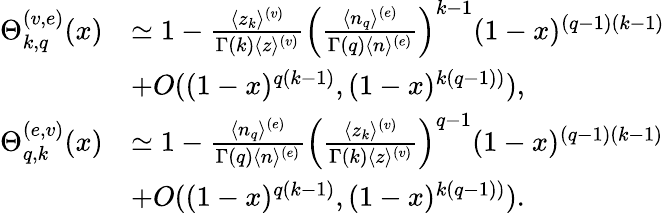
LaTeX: \begin{array}{rl}{\Theta_{k,q}^{(v,e)}(x)}&{\simeq 1-{\frac{\langle z_{k}\rangle^{(v)}}{\Gamma(k)\langle z\rangle^{(v)}}}\left({\frac{\langle n_{q}\rangle^{(e)}}{\Gamma(q)\langle n\rangle^{(e)}}}\right)^{k-1}(1-x)^{(q-1)(k-1)}}\\ &{+O((1-x)^{q(k-1)},(1-x)^{k(q-1))}),}\\ {\Theta_{q,k}^{(e,v)}(x)}&{\simeq 1-{\frac{\langle n_{q}\rangle^{(e)}}{\Gamma(q)\langle n\rangle^{(e)}}}\left({\frac{\langle z_{k}\rangle^{(v)}}{\Gamma(k)\langle z\rangle^{(v)}}}\right)^{q-1}(1-x)^{(q-1)(k-1)}}\\ &{+O((1-x)^{q(k-1)},(1-x)^{k(q-1))}).}\end{array}